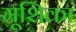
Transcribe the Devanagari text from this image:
मूशिका